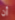
أن